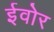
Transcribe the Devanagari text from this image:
ईवोर